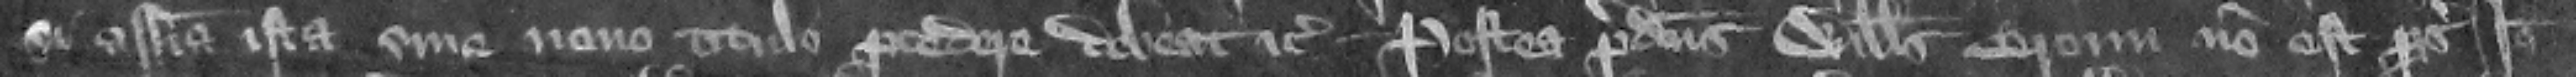
si assisa ista sine nouo titulo procedere debeat etc. Postea predictus Willelmus Broun non est prosecutus. Ideo